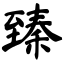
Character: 臻